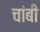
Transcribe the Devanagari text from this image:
चांबी